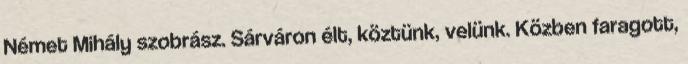
Német Mihály szobrász. Sárváron élt, köztünk, velünk. Közben faragott,